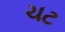
ચટ